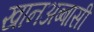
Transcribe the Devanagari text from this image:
खानअब्बासी